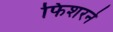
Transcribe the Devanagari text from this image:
फिशरने